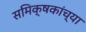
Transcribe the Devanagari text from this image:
समिक्षकांच्या